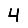
Digit: 4